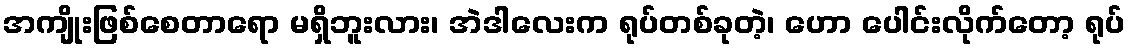
အကျိုးဖြစ်စေတာရော မရှိဘူးလား၊ အဲဒါလေးက ရုပ်တစ်ခုတဲ့၊ ဟော ပေါင်းလိုက်တော့ ရုပ်